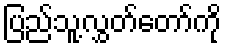
ပြည်သူ့လွှတ်တော်ကို